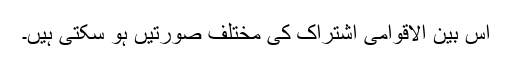
اس بین الاقوامی اشتراک کی مختلف صورتیں ہو سکتی ہیں۔